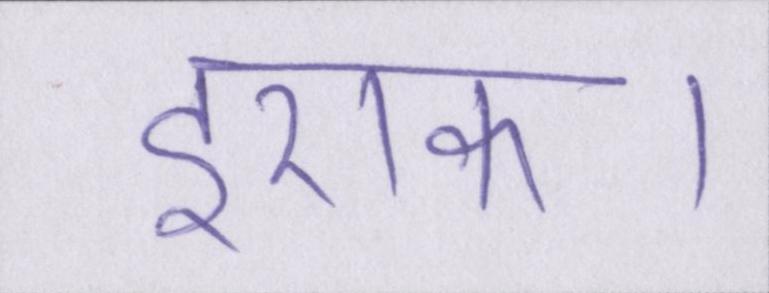
इराक।